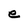
Character: e